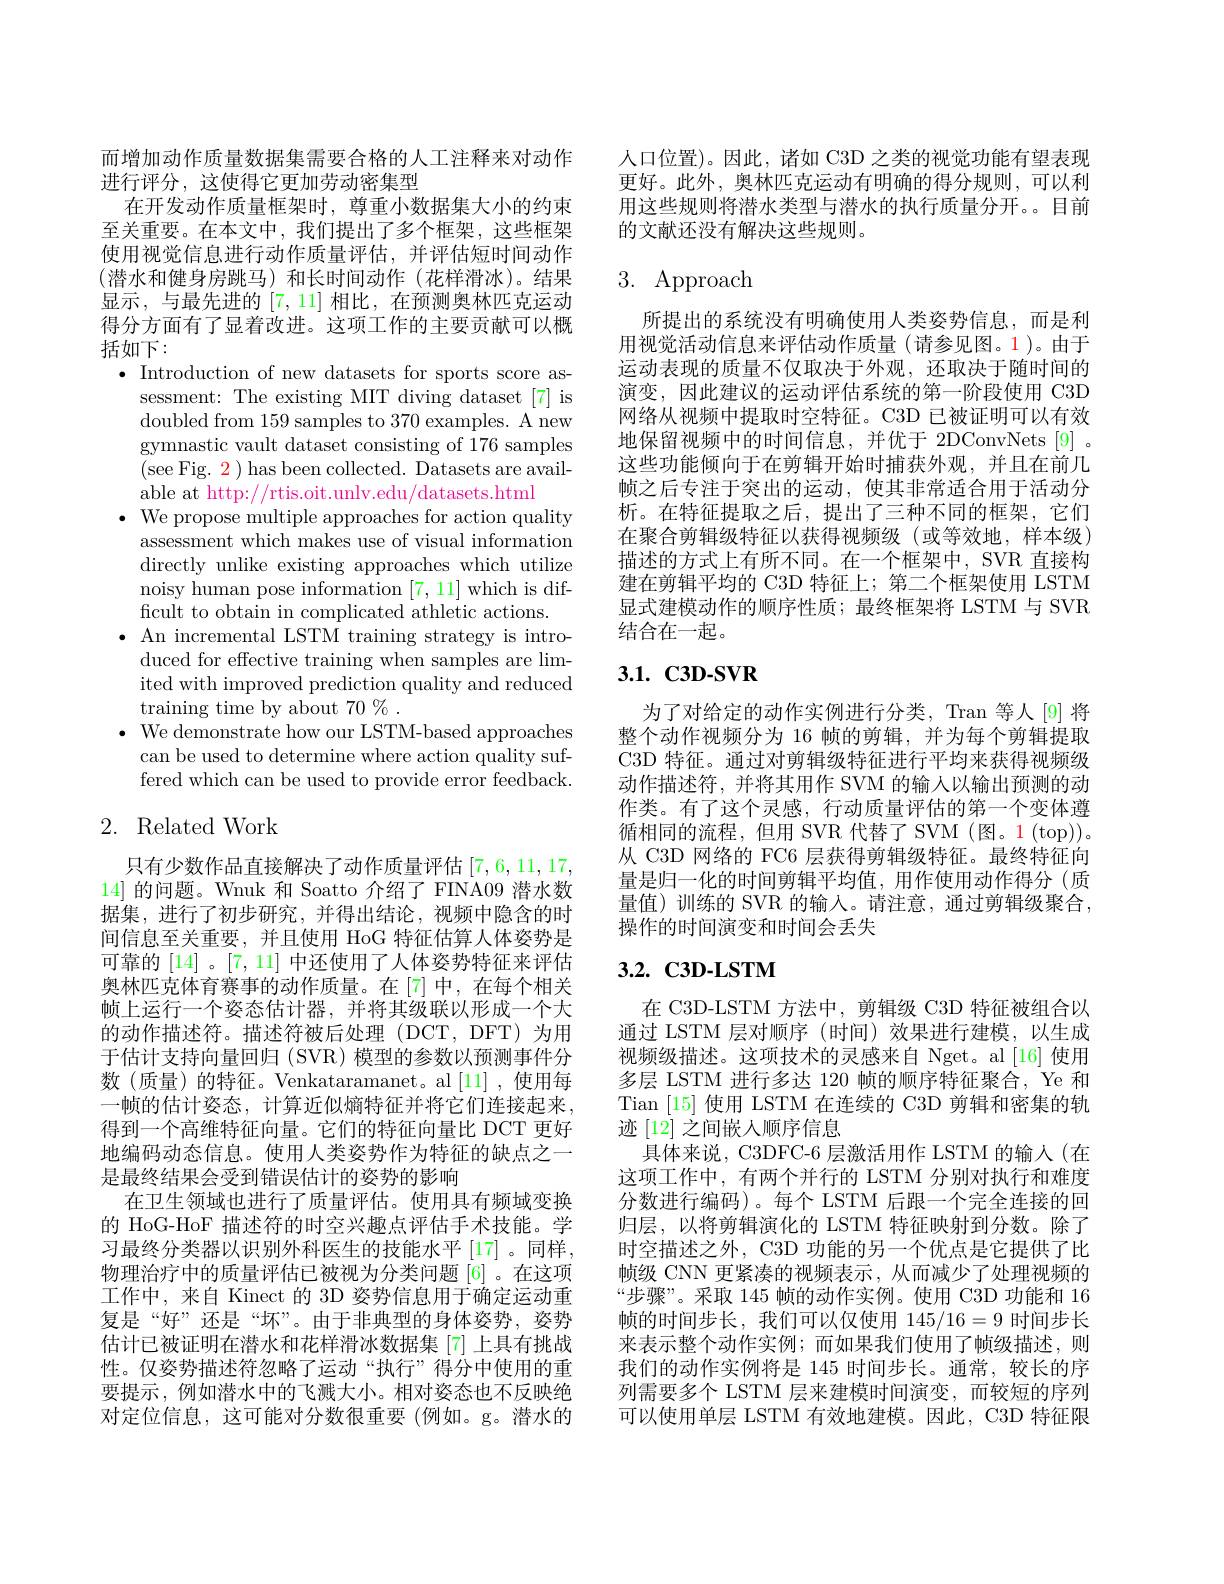
而增加动作质量数据集需要合格的人工注释来对动作
进行评分，这使得它更加劳动密集型
在开发动作质量框架时，尊重小数据集大小的约束至关重要。在本文中，我们提出了多个框架，这些框架使用视觉信息进行动作质量评估，并评估短时间动作(潜水和健身房跳马)和长时间动作(花样滑冰)。结果显示，与最先进的[7,11]相比，在预测奥林匹克运动得分方面有了显着改进。这项工作的主要贡献可以概括如下：
$\bullet$ Introduction of new datasets for sports score as-
sessment: The existing MIT diving dataset[7] is doubled from 159 samples to 370 examples. A new gymnastic vault dataset consisting of 176 samples (see Fig. 2 ) has been collected. Datasets are available at http://rtis.oit.unlv.edu/datasets.html
$\bullet$ We propose multiple approaches for action quality
assessment which makes use of visual information directly unlike existing approaches which utilize noisy human pose information [7,11] which is difficult to obtain in complicated athletic actions.
$\bullet$ An incremental LSTM training strategy is intro-
duced for effective training when samples are limited with improved prediction quality and reduced training time by about 70 % .
$\bullet$ We demonstrate how our LSTM-based approaches
can be used to determine where action quality suffered which can be used to provide error feedback.

# 2. Related Work

只有少数作品直接解决了动作质量评估[7,6,11,17, 14] 的问题。Wnuk 和 Soatto 介绍了 FINA09 潜水数据集，进行了初步研究，并得出结论，视频中隐含的时间信息至关重要，并且使用 HoG 特征估算人体姿势是可靠的 [14] 。[7,11]中还使用了人体姿势特征来评估奥林匹克体育赛事的动作质量。在[7]中，在每个相关帧上运行一个姿态估计器，并将其级联以形成一个大的动作描述符。描述符被后处理(DCT,DFT)为用于估计支持向量回归 (SVR) 模型的参数以预测事件分数(质量)的特征。Venkataramanet。al[11],使用每一帧的估计姿态，计算近似熵特征并将它们连接起来， 得到一个高维特征向量。它们的特征向量比 DCT 更好地编码动态信息。使用人类姿势作为特征的缺点之一是最终结果会受到错误估计的姿势的影响
在卫生领域也进行了质量评估。使用具有频域变换的 HoG-HoF 描述符的时空兴趣点评估手术技能。学习最终分类器以识别外科医生的技能水平[17]。同样， 物理治疗中的质量评估已被视为分类问题 [6] 。在这项工作中，来自 Kinect 的 3D 姿势信息用于确定运动重复是“好”还是“坏”。由于非典型的身体姿势，姿势估计已被证明在潜水和花样滑冰数据集 [7] 上具有挑战性。仅姿势描述符忽略了运动“执行”得分中使用的重要提示，例如潜水中的飞溅大小。相对姿态也不反映绝对定位信息，这可能对分数很重要(例如。g。潜水的

人口位置)。因此，诸如 C3D 之类的视觉功能有望表现更好。此外，奥林匹克运动有明确的得分规则，可以利用这些规则将潜水类型与潜水的执行质量分开。目前的文献还没有解决这些规则。

# 3. Approach

所提出的系统没有明确使用人类姿势信息，而是利用视觉活动信息来评估动作质量(请参见图。1)。由于运动表现的质量不仅取决于外观，还取决于随时间的演变，因此建议的运动评估系统的第一阶段使用 C3D 网络从视频中提取时空特征。C3D 已被证明可以有效地保留视频中的时间信息，并优于 2DConvNets[9]. 这些功能倾向于在剪辑开始时捕获外观，并且在前几帧之后专注于突出的运动，使其非常适合用于活动分析。在特征提取之后，提出了三种不同的框架，它们在聚合剪辑级特征以获得视频级(或等效地，样本级) 描述的方式上有所不同。在一个框架中，SVR 直接构建在剪辑平均的 C3D 特征上；第二个框架使用 LSTM 显式建模动作的顺序性质；最终框架将 LSTM 与 SVR 结合在一起。

## 3.1. C3D-SVR

为了对给定的动作实例进行分类，Tran 等人[9] 将整个动作视频分为 16 帧的剪辑，并为每个剪辑提取C3D 特征。通过对剪辑级特征进行平均来获得视频级动作描述符，并将其用作 SVM 的输人以输出预测的动作类。有了这个灵感，行动质量评估的第一个变体遵循相同的流程，但用 SVR 代替了 SVM (图。1(top))。从 C3D 网络的 FC6 层获得剪辑级特征。最终特征向量是归一化的时间剪辑平均值，用作使用动作得分(质量值)训练的 SVR 的输入。请注意，通过剪辑级聚合， 操作的时间演变和时间会丢失

## $3. 2. \textbf{ C3D- LSTM}$

在 C3D-LSTM 方法中，剪辑级 C3D 特征被组合以通过 LSTM 层对顺序 (时间) 效果进行建模，以生成视频级描述。这项技术的灵感来自 Nget。al [16] 使用多层 LSTM 进行多达 120 帧的顺序特征聚合，Ye 和Tian [15]使用 LSTM 在连续的 C3D 剪辑和密集的轨迹[12]之间嵌人顺序信息
具体来说，C3DFC-6 层激活用作 LSTM 的输入(在这项工作中，有两个并行的 LSTM 分别对执行和难度分数进行编码)。每个 LSTM 后跟一个完全连接的回归层，以将剪辑演化的 LSTM 特征映射到分数。除了时空描述之外，C3D 功能的另一个优点是它提供了比帧级 CNN 更紧凑的视频表示 ,从而减少了处理视频的“步骤”。采取 145 帧的动作实例。使用 C3D 功能和 16帧的时间步长，我们可以仅使用 145/16=9 时间步长来表示整个动作实例；而如果我们使用了帧级描述，则我们的动作实例将是 145 时间步长。通常，较长的序列需要多个 LSTM 层来建模时间演变，而较短的序列可以使用单层 LSTM 有效地建模。因此，C3D 特征限